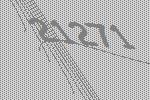
21271